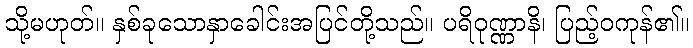
သို့မဟုတ်။ နှစ်ခုသောနှာခေါင်းအပြင်တို့သည်။ ပရိဝုဏ္ဏာနိ၊ ပြည့်ဝကုန်၏။